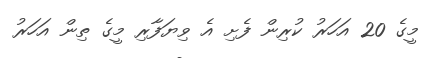
މީގެ 20 އަހަރު ކުރިން ފެށި އެ ވިޔަފާރި މީގެ ތިން އަހަރު